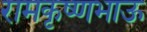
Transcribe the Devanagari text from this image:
रामकृष्णभाऊ